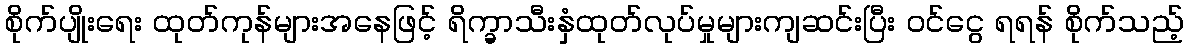
စိုက်ပျိုးရေး ထုတ်ကုန်များအနေဖြင့် ရိက္ခာသီးနှံထုတ်လုပ်မှုများကျဆင်းပြီး ဝင်ငွေ ရရန် စိုက်သည့်